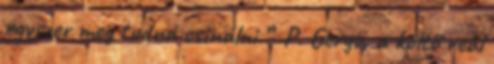
egyszer meg tudná csinálni.” P. Gergő, a költő reál